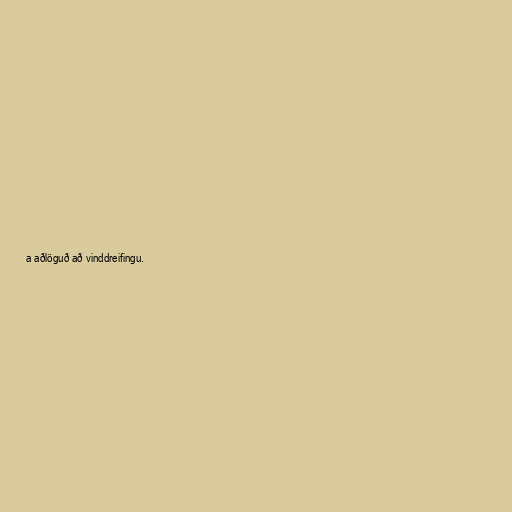
a aðlöguð að vinddreifingu.